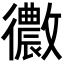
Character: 𢖢